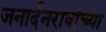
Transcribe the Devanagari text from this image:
जनार्दनरावांच्या